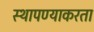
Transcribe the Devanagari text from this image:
स्थापण्याकरता